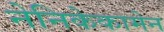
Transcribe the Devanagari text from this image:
नेनिकेकामेन